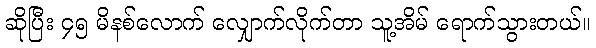
ဆိုပြီး ၄၅ မိနစ်လောက် လျှောက်လိုက်တာ သူ့အိမ် ရောက်သွားတယ်။